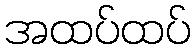
အထပ်ထပ်